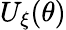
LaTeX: U_{\xi}(\theta)